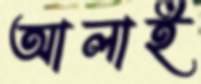
আলাই